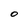
Character: 0